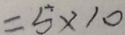
= 5 \times 1 0